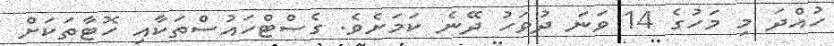
ހުއްދަ މި މަހުގެ 14 ވަނަ ދުވަހު ދޭނެ ކަމަށެވެ. ގެސްޓްހައުސްތަކާއި ހޮޓާތަކަށް